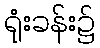
ရုံးခန်း၌